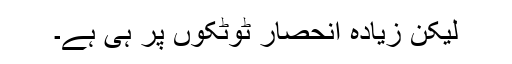
لیکن زیادہ انحصار ٹوٹکوں پر ہی ہے۔